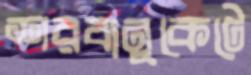
শরবানুকেটে